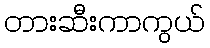
တားဆီးကာကွယ်